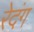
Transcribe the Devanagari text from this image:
रेदंग